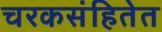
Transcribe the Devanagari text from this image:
चरकसंहितेत